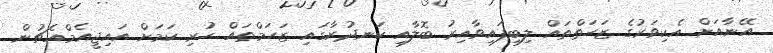
އޭނާއަށް އެކިވަރުގެ ޒަހަތްތައް ލިބިފައިވާއިރު ބޮލާއި ކަނދުރާގައި ޒަހަމްތައް ހުރި ކަމަށް އައިޖީއެމްއެޗުން